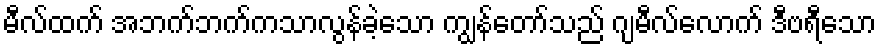
မီလ်ထက် အဘက်ဘက်ကသာလွန်ခဲ့သော ကျွန်တော်သည် ဂျမီလ်လောက် ဒီဗရီသော